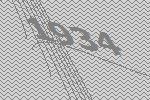
1934